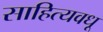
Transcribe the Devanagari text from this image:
साहित्यवधू